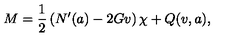
M = \frac { 1 } { 2 } \left( N ^ { \prime } ( a ) - 2 G v \right) \chi + Q ( v , a ) ,